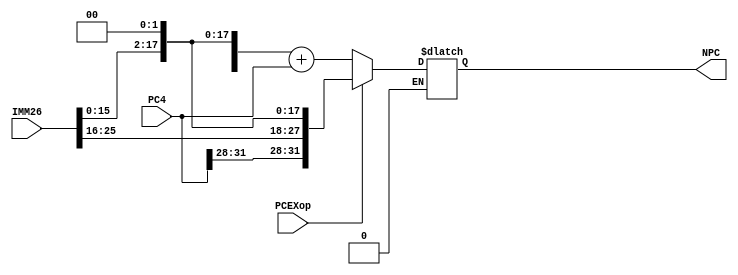
`timescale 1ns / 1ps
//////////////////////////////////////////////////////////////////////////////////
// Company: 
// Engineer: 
// 
// Design Name: 
// Module Name:    PCEX 
// Project Name: 
// Target Devices: 
// Tool versions: 
// Description: 
//
// Dependencies: 
//
// Revision: 
// Revision 0.01 - File Created
// Additional Comments: 
//
//////////////////////////////////////////////////////////////////////////////////
module PCEX(
    input [31:0] PC4,
    input [25:0] IMM26,
	 input  PCEXop,
    output reg[31:0] NPC
    );
	 always@(*)begin
    if(PCEXop==0)
	   NPC<=({{16{IMM26[15]}},IMM26[15:0]}<<2)+PC4;//beq
	 else if(PCEXop==1)
	   NPC<={PC4[31:28],IMM26,2'b0};//jal
    end
endmodule